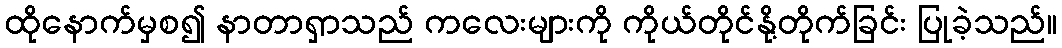
ထိုနောက်မှစ၍ နာတာရှာသည် ကလေးများကို ကိုယ်တိုင်နို့တိုက်ခြင်း ပြုခဲ့သည်။